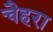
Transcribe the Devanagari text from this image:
चैहरा